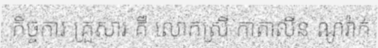
កិច្ចការ គ្រួសារ គឺ លោកស្រី កាតាលីន ណូវ៉ាក់